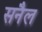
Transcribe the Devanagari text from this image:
सनैल